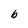
Character: b